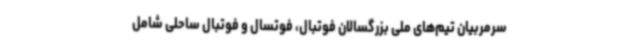
سرمربیان تیم‌های‌ ملی بزرگسالان فوتبال، فوتسال و فوتبال ساحلی شامل